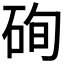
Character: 𥒘